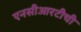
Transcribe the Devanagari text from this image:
एनसीआरटीची